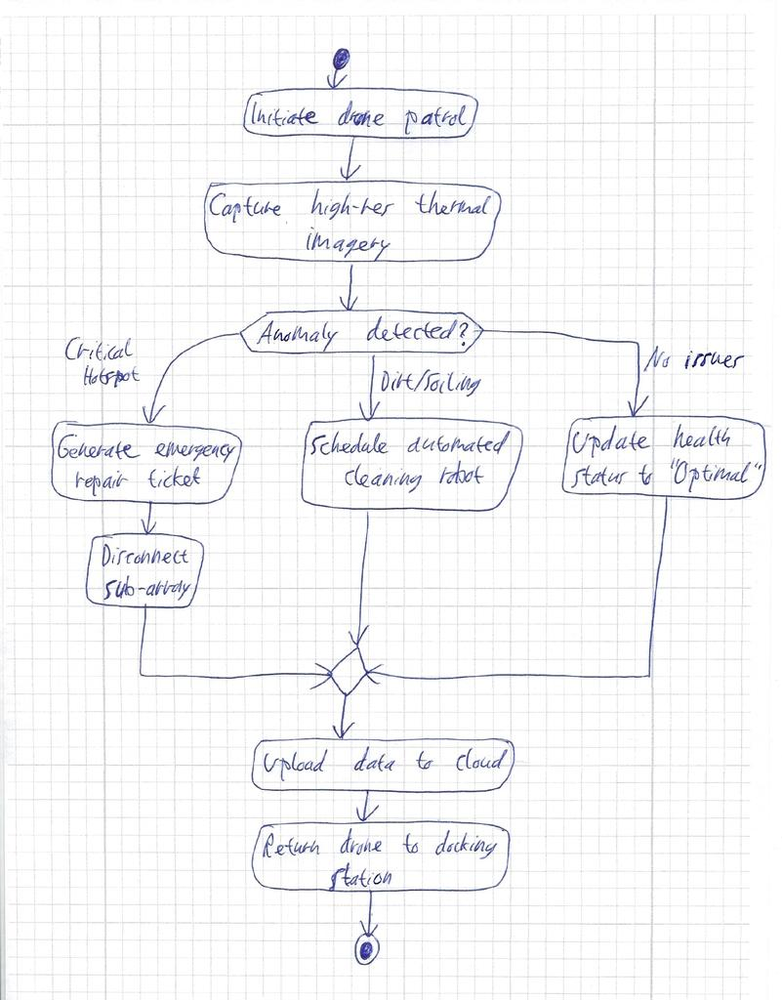
Diagram type: activity_diagram
```plantuml
@startuml

start

:Initiate drone patrol;
:Capture high-res thermal imagery;

switch (Anomaly detected?)
case (Critical Hotspot)
  :Generate emergency repair ticket;
  :Disconnect sub-array;
case (Dirt/Soiling)
  :Schedule automated cleaning robot;
case (No Issues)
  :Update health status to "Optimal";
endswitch

:Upload data to cloud;
:Return drone to docking station;

stop

@enduml
```